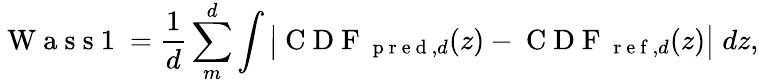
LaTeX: \mathrm{~W~a~s~s~1~}=\frac{1}{d}\sum_{m}^{d}\int\big|\mathrm{~C~D~F~}_{\mathrm{~p~r~e~d~},d}(z)-\mathrm{~C~D~F~}_{\mathrm{~r~e~f~},d}(z)\big|\; dz,